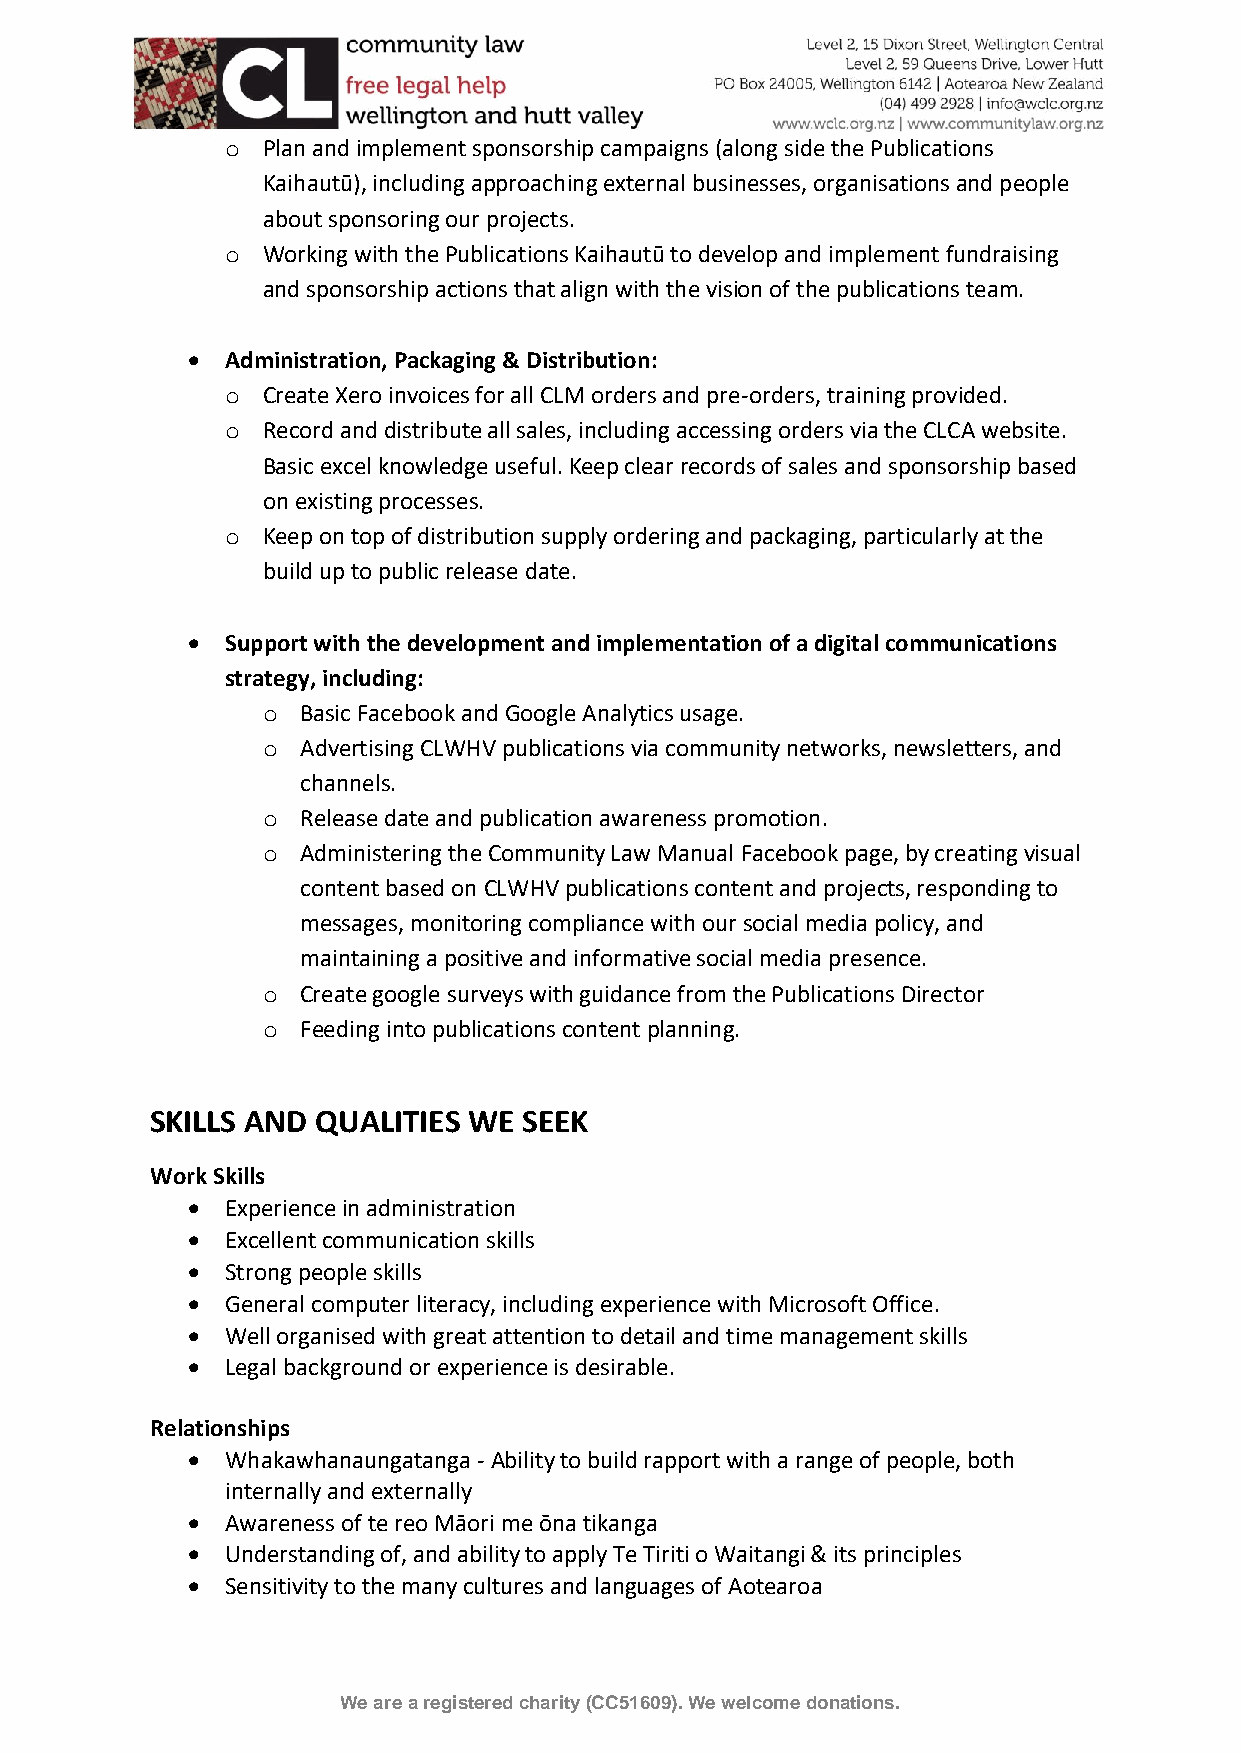
o Plan and implement sponsorship campaigns (along side the Publications
 Kaihautū), including approaching external businesses, organisations and people
 about sponsoring our projects.
 o Working with the Publications Kaihautū to develop and implement fundraising
 and sponsorship actions that align with the vision of the publications team.
 •  Administration, Packaging & Distribution:
 o Create Xero invoices for all CLM orders and pre-orders, training provided.
 o Record and distribute all sales, including accessing orders via the CLCA website.
 Basic excel knowledge useful. Keep clear records of sales and sponsorship based
 on existing processes.
 o Keep on top of distribution supply ordering and packaging, particularly at the
 build up to public release date.
 •  Support with the development and implementation of a digital communications
 strategy, including:
 o  Basic Facebook and Google Analytics usage.
 o  Advertising CLWHV publications via community networks, newsletters, and
 channels.
 o  Release date and publication awareness promotion.
 o  Administering the Community Law Manual Facebook page, by creating visual
 content based on CLWHV publications content and projects, responding to
 messages, monitoring compliance with our social media policy, and
 maintaining a positive and informative social media presence.
 o  Create google surveys with guidance from the Publications Director
 o  Feeding into publications content planning.
 SKILLS AND QUALITIES WE  SEEK
 Work Skills
 •  Experience in administration
 •  Excellent communication skills
 •  Strong people skills
 •  General computer literacy, including experience with Microsoft Office.
 •  Well organised with great attention to detail and time management skills
 •  Legal background or experience is desirable.
 Relationships
 •  Whakawhanaungatanga - Ability to build rapport with a range of people, both
 internally and externally
 •  Awareness of te reo Māori me ōna tikanga
 •  Understanding of, and ability to apply Te Tiriti o Waitangi & its principles
 •  Sensitivity to the many cultures and languages of Aotearoa
 We are a registered charity (CC51609). We welcome donations.